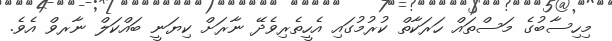
މިހިސާބުގެ މަސްތައް ހަރަކާތް ކުރުމުގައި އެހީތެރިވެދޭ ނާރަށް ކިޔަނީ ބައްކަލް ނާރވް އެވެ.